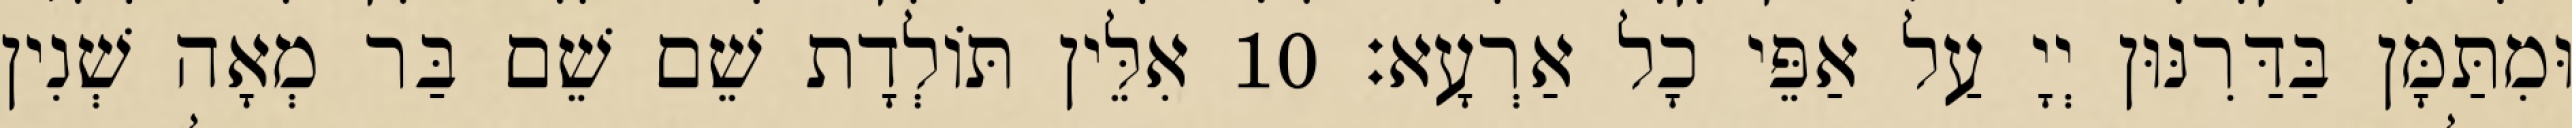
וּמִתַּמָּן בַּדַּרִנּוּן יְיָ עַל אַפֵּי כָל אַרְעָא׃ 10 אִלֵּין תּוֹלְדָת שֵׁם שֵׁם בַּר מְאָה שְׁנִין